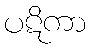
ပဋိကာ